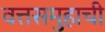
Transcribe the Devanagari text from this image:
वत्तसमुहाची